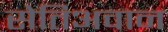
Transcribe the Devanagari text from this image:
सेतिअवान